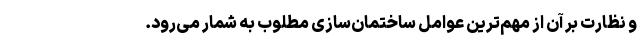
و نظارت بر آن از مهم‌ترین عوامل ساختمان‌سازی مطلوب به شمار می‌رود.